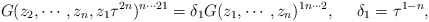
\begin{align*}G(z_2,\cdots,z_n,z_1\tau^{2n})^{n \cdots 21}=\delta_1 G(z_1,\cdots,z_n)^{1n\cdots2}, ~~~~\delta_1 =\tau^{1-n}, \end{align*}